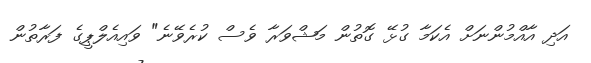
އަދި އާއްމުންނަށް އެކަމާ ގުޅޭ ގޮތުން މަޝްވަރާ ވެސް ކުރެވޭނެ" ވައިއެލްޕީގެ ފަރާތުން